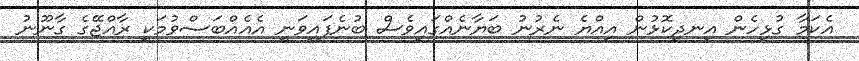
އެކަމާ ގުޅިހެން އިނދިކޮޅުން އިއްޔެ ނެރުނު ބަޔާނެއްގައިވެސް ބުނެފައިވަނީ އެއެއްބަސްވުމަކީ ރާއްޖޭގެ ގާނޫނު